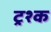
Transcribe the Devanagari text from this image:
ट्रश्क